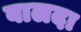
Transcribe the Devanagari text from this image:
बालदा